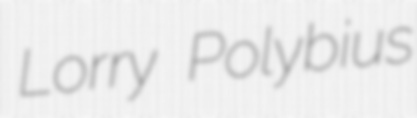
Lorry Polybius